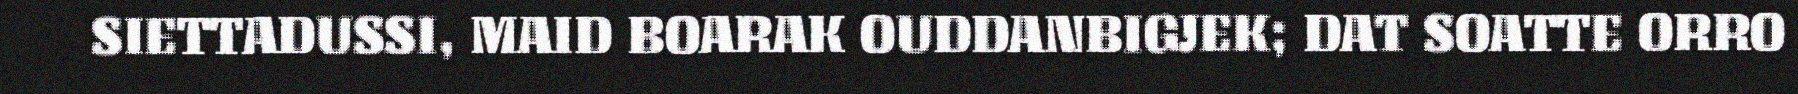
SIETTADUSSI, MAID BOARAK OUDDANBIGJEK; DAT SOATTE ORRO